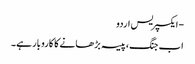
- ایکسپریس اردو
اب جنگ، پیسہ بڑھانے کا کاروبار ہے۔